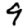
Digit: 9